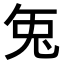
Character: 𭀣